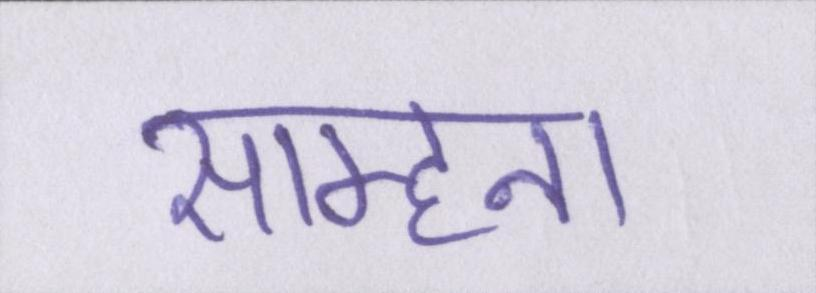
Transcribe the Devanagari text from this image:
साम्हना